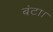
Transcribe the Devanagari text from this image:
बंटा।